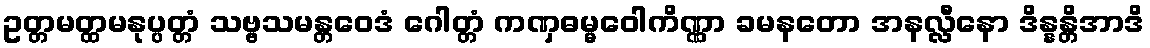
ဥတ္တမတ္ထမနုပ္ပတ္တံ သဗ္ဗသမန္တဝေဒံ ဂေါတ္တံ ကဏှဓမ္မဝေါကိဏ္ဏာ ခမနတော အနလ္လီနော ဒိန္နန္တိအာဒိ